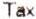
TAX